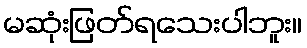
မဆုံးဖြတ်ရသေးပါဘူး။